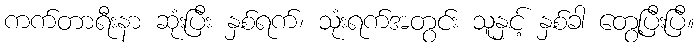
ကက်တာရီးနာ ဆုံးပြီး နှစ်ရက်၊ သုံးရက်အတွင်း သူနှင့် နှစ်ခါ တွေ့ပြီးပြီ။